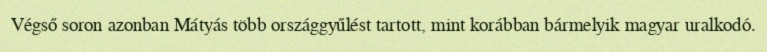
Végső soron azonban Mátyás több országgyűlést tartott, mint korábban bármelyik magyar uralkodó.